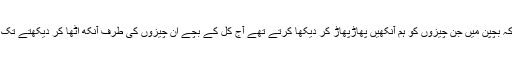
جیساکہ بچپن میں جن چیزوں کو ہم آنکھیں پھاڑپھاڑ کر دیکھا کرتے تھے آج کل کے بچے ان چیزوں کی طرف آنکھ اٹھا کر دیکھتے تک نہیں۔